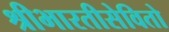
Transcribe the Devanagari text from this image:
श्रीभारतीसेवितो